Lunatic asylums Punjab 1881-1894 - 1881-1894
Year: 1881
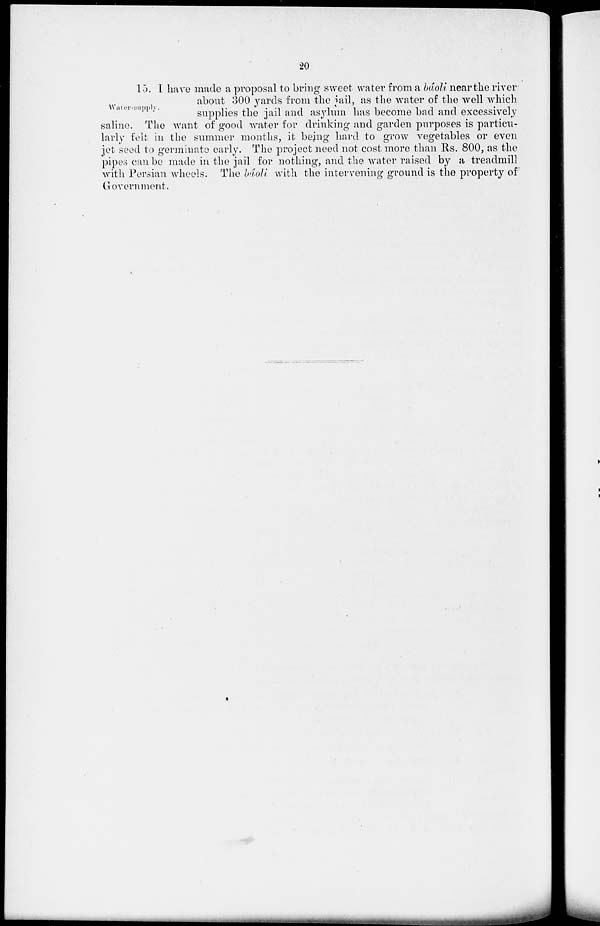
20
Water-supply.
15. I have made a proposal to bring sweet water from a báoli near the river
about 300 yards from the jail, as the water of the well which
supplies the jail and asylum has become bad and excessively
saline. The want of good water for drinking and garden purposes is particu-
larly felt in the summer months, it being hard to grow vegetables or even
jet seed to germinate early. The project need not cost more than Rs. 800, as the
pipes can be made in the jail for nothing, and the water raised by a treadmill
with Persian wheels. The báoli with the intervening ground is the property of
Government.